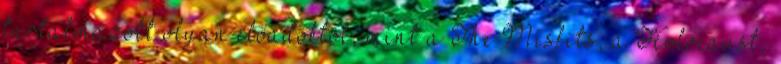
tartalmazott olyan előadóktól, mint a The Misfits, a Holocaust,